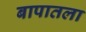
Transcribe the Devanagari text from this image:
बापातला